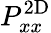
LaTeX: P_{xx}^{\mathrm{2D}}